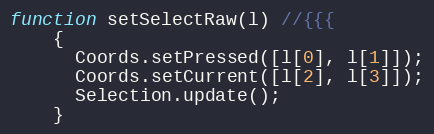
Language: JavaScript
function setSelectRaw(l) //{{{
    {
      Coords.setPressed([l[0], l[1]]);
      Coords.setCurrent([l[2], l[3]]);
      Selection.update();
    }